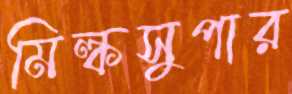
মিল্কসুপার